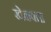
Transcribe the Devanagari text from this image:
खेळवता